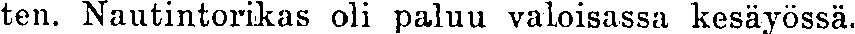
ten. Nautintorikas oli paluu valoisassa kesäyössä.